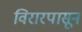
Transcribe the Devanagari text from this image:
विरारपासून